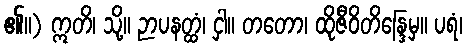
၏။) ဣတိ၊ သို့။ ဉာပနတ္ထံ၊ ငှါ။ တတော၊ ထိုဇီဝိတိန္ဒြေမှ။ ပရံ၊